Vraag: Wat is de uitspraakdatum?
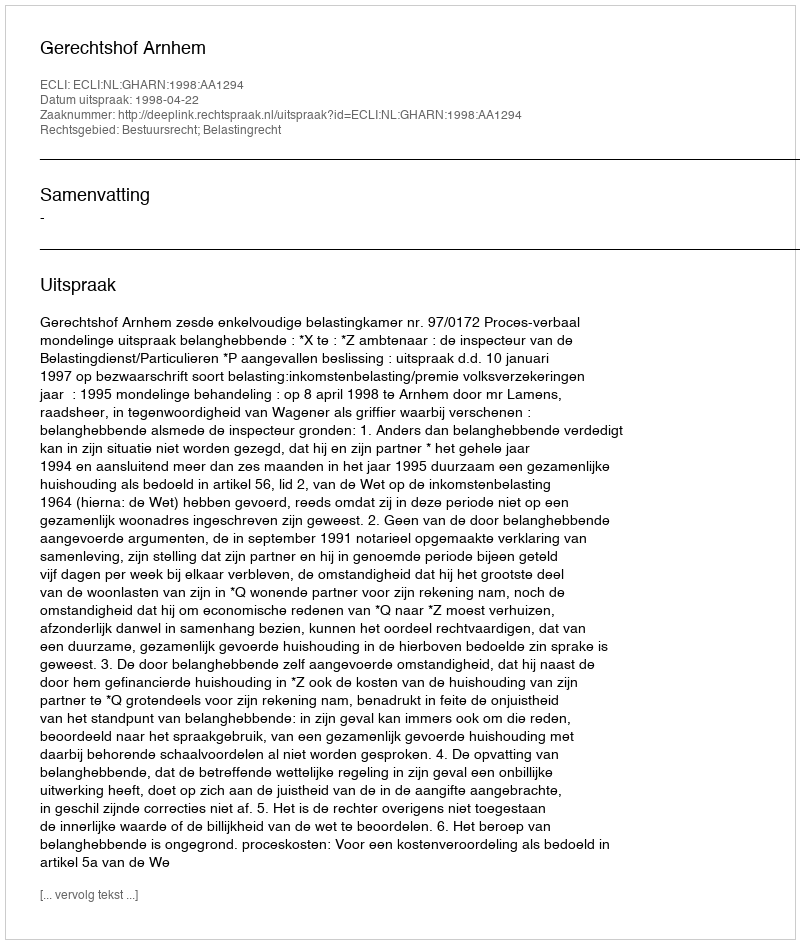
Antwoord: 1998-04-22